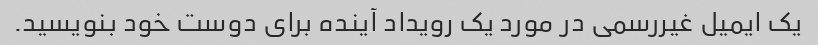
یک ایمیل غیررسمی در مورد یک رویداد آینده برای دوست خود بنویسید.